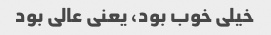
خیلی خوب بود، یعنی عالی بود